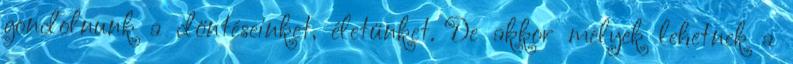
gondolnunk a döntéseinket, életünket. De akkor melyek lehetnek a